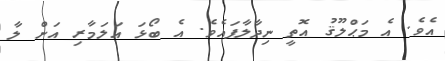
އެވެ. އެ މަޙްލޫޤު އޮތީ ނިދާލާފައެވެ. އެ ބޯޅަ އަލަމާރި އަށް ލާ